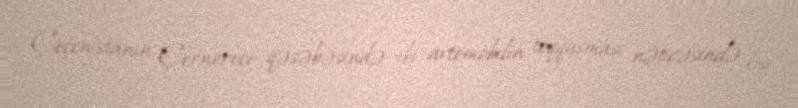
Çeçenistanın Çernoreçe qəsəbəsində iki avtomobilin toqquşması nəticəsində kişi